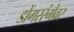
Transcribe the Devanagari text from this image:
डोंगररंगेवर